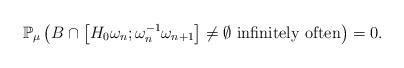
LaTeX: \begin{align*}\mathbb{P}_{\mu}\left(B\cap\left[H_{0}\omega_{n};\omega_{n}^{-1}\omega_{n+1}\right]\neq\emptyset\mbox{ infinitely often}\right)=0.\end{align*}